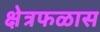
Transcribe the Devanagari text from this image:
क्षेत्रफळास